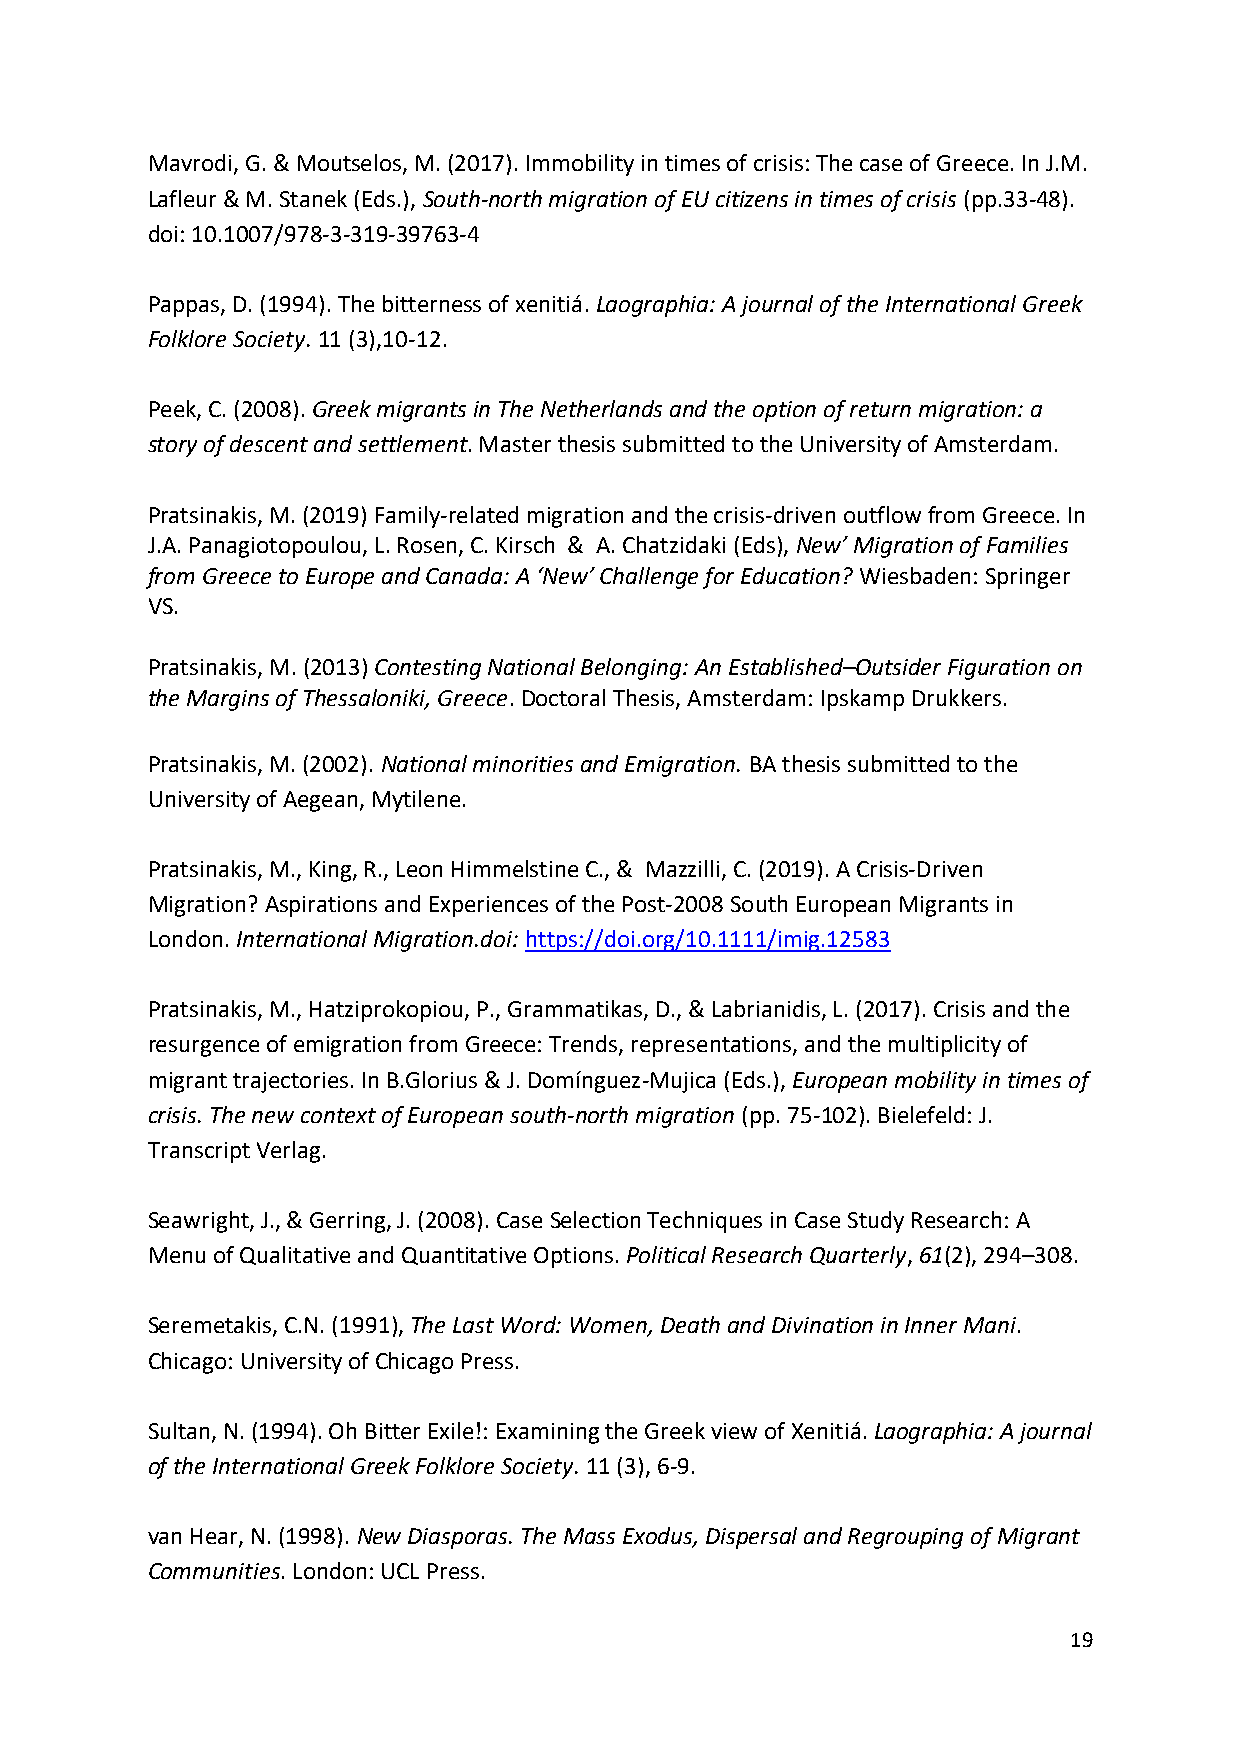
Mavrodi, G. & Moutselos, M. (2017). Immobility in times of crisis: The case of Greece. In J.M.
 Lafleur & M. Stanek (Eds.), South-north migration of EU citizens in times of crisis (pp.33-48).
 doi: 10.1007/978-3-319-39763-4
 Pappas, D. (1994). The bitterness of xenitiá. Laographia: A journal of the International Greek
 Folklore Society. 11 (3),10-12.
 Peek, C. (2008). Greek migrants in The Netherlands and the option of return migration: a
 story of descent and settlement. Master thesis submitted to the University of Amsterdam.
 Pratsinakis, M. (2019) Family-related migration and the crisis-driven outflow from Greece. In
 J.A. Panagiotopoulou, L. Rosen, C. Kirsch & A. Chatzidaki (Eds), New’ Migration of Families
 from Greece to Europe and Canada: A ‘New’ Challenge for Education? Wiesbaden: Springer
 VS.
 Pratsinakis, M. (2013) Contesting National Belonging: An Established–Outsider Figuration on
 the Margins of Thessaloniki, Greece. Doctoral Thesis, Amsterdam: Ipskamp Drukkers.
 Pratsinakis, M. (2002). National minorities and Emigration. BA thesis submitted to the
 University of Aegean, Mytilene.
 Pratsinakis, M., King, R., Leon Himmelstine C., & Mazzilli, C. (2019). A Crisis‐Driven
 Migration? Aspirations and Experiences of the Post‐2008 South European Migrants in
 London. International Migration.doi: https://doi.org/10.1111/imig.12583
 Pratsinakis, M., Hatziprokopiou, P., Grammatikas, D., & Labrianidis, L. (2017). Crisis and the
 resurgence of emigration from Greece: Trends, representations, and the multiplicity of
 migrant trajectories. In B.Glorius & J. Domínguez-Mujica (Eds.), European mobility in times of
 crisis. The new context of European south-north migration (pp. 75-102). Bielefeld: J.
 Transcript Verlag.
 Seawright, J., & Gerring, J. (2008). Case Selection Techniques in Case Study Research: A
 Menu of Qualitative and Quantitative Options. Political Research Quarterly, 61(2), 294–308.
 Seremetakis, C.N. (1991), The Last Word: Women, Death and Divination in Inner Mani.
 Chicago: University of Chicago Press.
 Sultan, N. (1994). Oh Bitter Exile!: Examining the Greek view of Xenitiá. Laographia: A journal
 of the International Greek Folklore Society. 11 (3), 6-9.
 van Hear, N. (1998). New Diasporas. The Mass Exodus, Dispersal and Regrouping of Migrant
 Communities. London: UCL Press.
 19